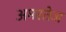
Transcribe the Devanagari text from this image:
अमरतेज